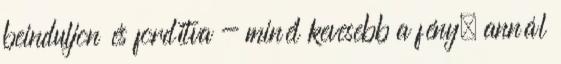
beinduljon és fordítva - minél kevesebb a fény, annál